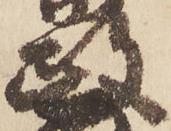
政